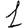
Digit: 1